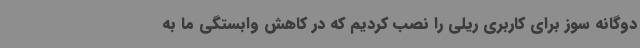
دوگانه سوز برای کاربری ریلی را نصب کردیم که در کاهش وابستگی ما به